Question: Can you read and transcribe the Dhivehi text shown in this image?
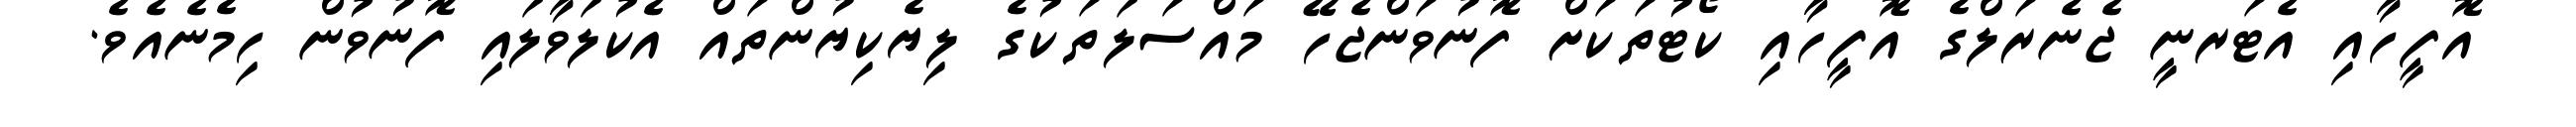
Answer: އޮފީހާއި އެޓަރނީ ޖެނެރަލްގެ އޮފީހާއި ކޯޓުތަކަށް ފޮނުވަންޖެހޭ މައްސަލަތަކުގެ ލިޔެކިޔުންތައް އެކުލަވާލައި ފޮނުވުން ހިމެނެއެވެ.